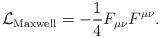
LaTeX: \begin{align*} \mathcal{L}_{\textrm{Maxwell}} = - \frac{1}{4} F_{\mu\nu} F^{\mu\nu}.\end{align*}